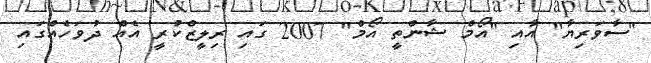
"ސާވަރިޔާ" އާއި "އޯމް ޝާންތީ އޯމް" 2007 ގައި ރިލީޒްކުރީ އެއް ދުވަހެއްގައި